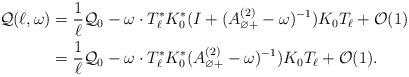
LaTeX: \begin{align*}\mathcal Q(\ell, \omega) &= \frac1\ell \mathcal Q_0 - \omega \cdot T_\ell^* K_ 0^* ( I + (A_{\varnothing+}^{(2)} - \omega)^{-1}) K_0 T_\ell + \mathcal O(1) \\&= \frac1\ell \mathcal Q_0 - \omega \cdot T_\ell^* K_ 0^* (A_{\varnothing+}^{(2)} - \omega)^{-1}) K_0 T_\ell + \mathcal O(1). \end{align*}